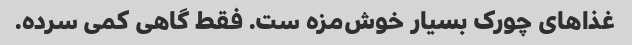
غذاهای چورک بسیار خوش‌مزه ‌ست. فقط گاهی کمی سرده.